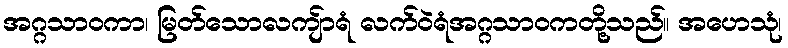
အဂ္ဂသာဝကာ၊ မြတ်သောလကျ်ာရံ လက်ဝဲရံအဂ္ဂသာဝကတို့သည်။ အဟေသုံ၊